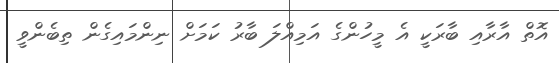
އޮތް އާރާއި ބާރަކީ އެ މީހުންގެ އަމިއްލަ ބާރު ކަމަށް ނިންމައިގެން ތިބެންވީ